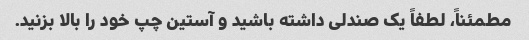
مطمئناً، لطفاً یک صندلی داشته باشید و آستین چپ خود را بالا بزنید.